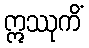
ဣဿုကိံ